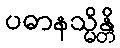
ပဓာနသ္မိန္တိ